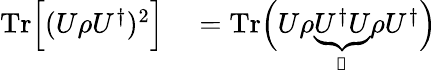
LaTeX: \begin{array}{rl}{\mathrm{Tr}\Big[(U\rho U^{\dagger})^{2}\Big]}&{{}=\mathrm{Tr}\Big(U\rho\underbrace{U^{\dagger}U}_{\mathbb{1}}\rho U^{\dagger}\Big)}\end{array}